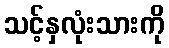
သင့်နှလုံးသားကို